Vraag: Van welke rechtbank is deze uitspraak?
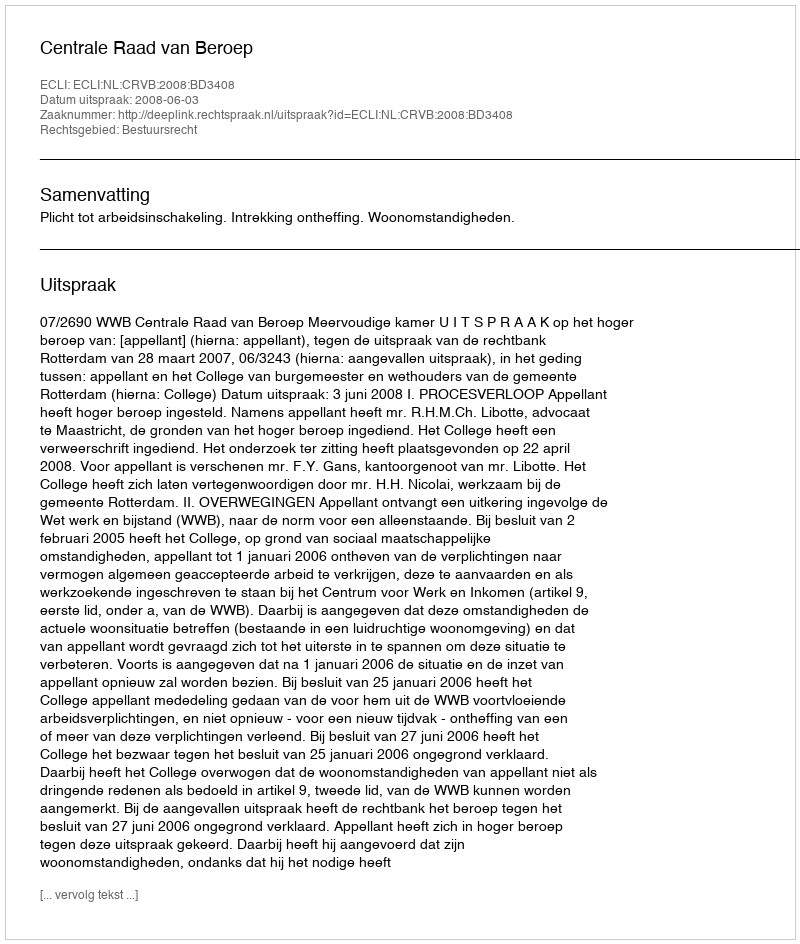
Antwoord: Centrale Raad van Beroep